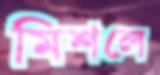
মিশলে